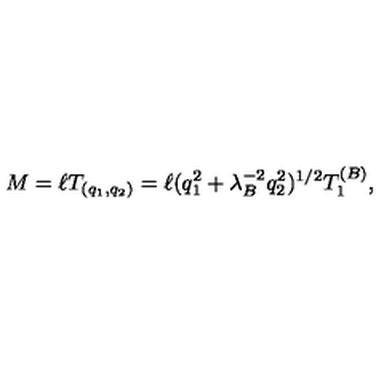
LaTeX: M = \ell T _ { ( q _ { 1 } , q _ { 2 } ) } = \ell ( q _ { 1 } ^ { 2 } + \lambda _ { B } ^ { - 2 } q _ { 2 } ^ { 2 } ) ^ { 1 / 2 } T _ { 1 } ^ { ( B ) } ,